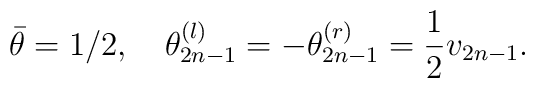
\bar{\theta}=1/2,\quad\theta_{2n-1}^{\left(  l\right)  }=-\theta_{2n-1}^{\left(  r\right)  }=\frac{1}{2}v_{2n-1}.